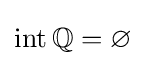
\operatorname {int} \mathbb {Q} =\varnothing